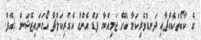
ގެ ކާބޯތަކެއްޗާއި ދަނޑުވެރިކަމާ ބެހޭ ޖަމިއްޔާ ފުޑް އެންޑް އެގްރިކަލްޗާ އޯގަނައިޒޭޝަން (އެފް.